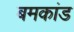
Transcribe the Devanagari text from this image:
बमकांड